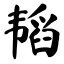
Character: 韬